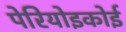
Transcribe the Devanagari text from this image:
पेरियोइकोई